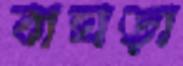
বাঘড়া